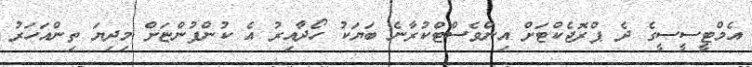
އެމްޓީސީސީގެ ދެ ޕްރޮޖެކްޓަށް އިންވެސްޓްކުރާނެ ބަޔަކު ހޯދާއިރު އެ ކުންފުންޏަށް މިދިޔަ ތިންއަހަރު